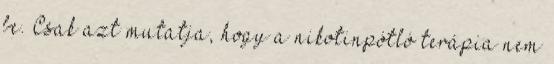
be. Csak azt mutatja, hogy a nikotinpótló terápia nem